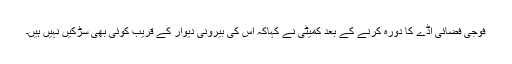
فوجی فضائی اڈے کا دورہ کرنے کے بعد کمیٹی نے کہاکہ اِس کی بیرونی دیوار کے قریب کوئی بھی سڑکیں نہیں ہیں۔